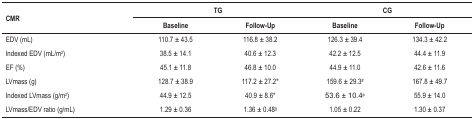
| <ROWSPAN=2> CMR | <COLSPAN=2> TG | <COLSPAN=2> CG |
 | Baseline | Follow-Up | Baseline | Follow-Up |
 | --- | --- | --- | --- | --- |
 | EDV (mL) | 110.7 ± 43.5 | 116.8 ± 38.2 | 126.3 ± 39.4 | 134.3 ± 42.2 |
 | Indexed EDV (mL/m2) | 38.5 ± 14.1 | 40.6 ± 12.3 | 42.2 ± 12.5 | 44.4 ± 11.9 |
 | EF (%) | 45.1 ± 11.8 | 46.8 ± 10.0 | 44.9 ± 11.0 | 42.6 ± 11.6 |
 | LVmass (g) | 128.7 ± 38.9 | 117.2 ± 27.2* | 159.6 ± 29.3# | 167.8 ± 49.7 |
 | Indexed LVmass (g/m2) | 44.9 ± 12.5 | 40.9 ± 8.6* | 53.6 ± 10.4φ | 55.9 ± 14.0 |
 | LVmass/EDV ratio (g/mL) | 1.29 ± 0.36 | 1.36 ± 0.48§ | 1.05 ± 0.22 | 1.30 ± 0.37 |